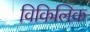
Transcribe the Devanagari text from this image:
विकिलिक